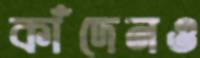
কাঁদেনও